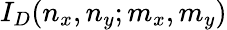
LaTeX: I_{D}(n_{x},n_{y};m_{x},m_{y})